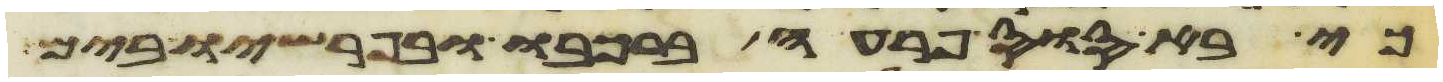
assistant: כי בא סוס פרעה ברכבו ובפרשיו בים